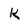
Character: k